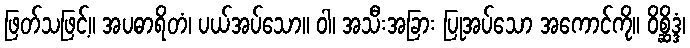
ဖြတ်သဖြင့်။ အပဓာရိတံ၊ ပယ်အပ်သော။ ဝါ၊ အသီးအခြား ပြုအပ်သော အကောင်ကို။ ဝိစ္ဆိဒ္ဒံ၊